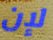
لإن